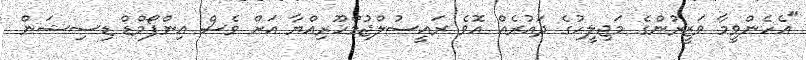
"އެހެންވީމާ ވަޒީރުންގެ މަޖިލީހުގެ ދައުރެއް އޮވެ ރައީސުލްޖުމްހޫރިއްޔާ އަށް ވެސް އިންފޯމްޑް ޑިސިޝަން